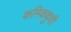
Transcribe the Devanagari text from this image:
कमिककुशी